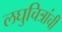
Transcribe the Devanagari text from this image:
लघुचित्रांची